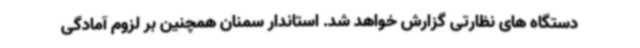
دستگاه های نظارتی گزارش خواهد شد. استاندار سمنان همچنین بر لزوم آمادگی